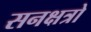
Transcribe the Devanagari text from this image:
सनक्षत्रो